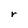
Character: r